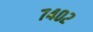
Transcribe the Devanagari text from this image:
७४०२